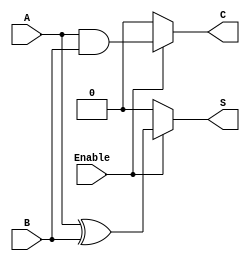
module Conditional_Half_Adder (
    input wire A,        // First input bit
    input wire B,        // Second input bit
    input wire Enable,   // Control signal
    output wire S,       // Sum output
    output wire C        // Carry output
);

    // Internal signals for sum and carry
    wire sum_temp;
    wire carry_temp;

    // Compute sum and carry based on inputs A and B
    assign sum_temp = A ^ B;      // Sum = A XOR B
    assign carry_temp = A & B;    // Carry = A AND B

    // Conditional outputs based on Enable signal
    assign S = Enable ? sum_temp : 1'b0; // If Enable is 1, output sum_temp; else output 0
    assign C = Enable ? carry_temp : 1'b0; // If Enable is 1, output carry_temp; else output 0

endmodule